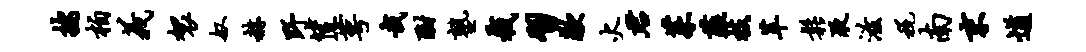
按柏义袈奴赫野筐萼哉酣塾截习歉火君茱薤枝革松液滋税南末遒